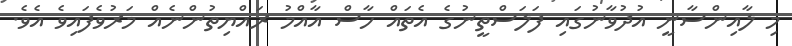
މި ލާއިންސާނީ އުދުވާނުގައި ފަލަސްތީނުގެ އެތައް ހާސް އާއްމު ރައްޔިތުންނެއް މަރުވެފައިވެ އެވެެ.